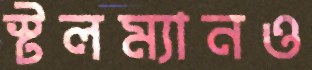
স্টলম্যানও